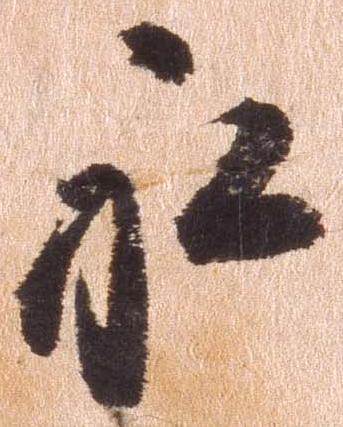
永